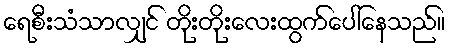
ရေစီးသံသာလျှင် တိုးတိုးလေးထွက်ပေါ်နေသည်။